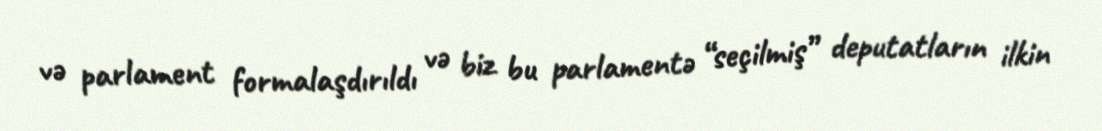
və parlament formalaşdırıldı və biz bu parlamentə “seçilmiş” deputatların ilkin